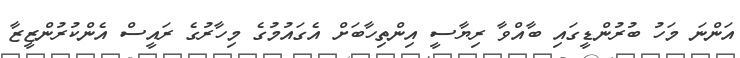
އަންނަ މަހު ބުރުންޑީގައި ބާއްވާ ރިޔާސީ އިންތިހާބަށް އެގައުމުގެ މިހާރުގެ ރައީސް އެންކުރުންޒީޒާ